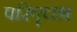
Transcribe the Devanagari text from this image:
परिपृच्छा